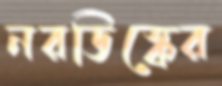
নরডিস্কের